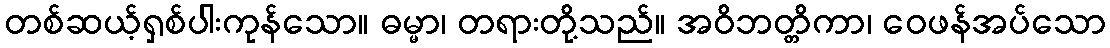
တစ်ဆယ့်ရှစ်ပါးကုန်သော။ ဓမ္မာ၊ တရားတို့သည်။ အဝိဘတ္တိကာ၊ ဝေဖန်အပ်သော